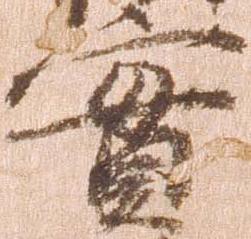
実